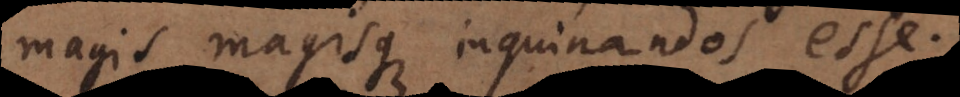
magis magisque inquinandos esse.